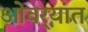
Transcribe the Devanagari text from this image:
ओवर्‍यांत